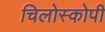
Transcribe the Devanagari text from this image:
चिलोस्कोपी